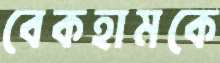
বেকহামকে